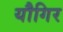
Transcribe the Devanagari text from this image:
यौगिर